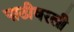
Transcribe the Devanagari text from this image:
पाठीवरली